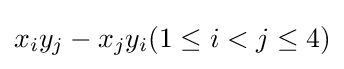
x_{i}y_{j}-x_{j}y_{i}(1\leq i<j\leq 4)